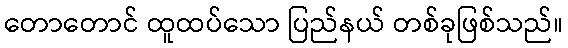
တောတောင် ထူထပ်သော ပြည်နယ် တစ်ခုဖြစ်သည်။